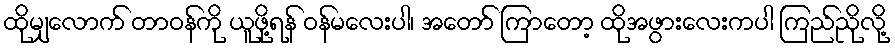
ထိုမျှလောက် တာဝန်ကို ယူဖို့ရန် ဝန်မလေးပါ၊ အတော် ကြာတော့ ထိုအဖွားလေးကပါ ကြည်ညိုလို့